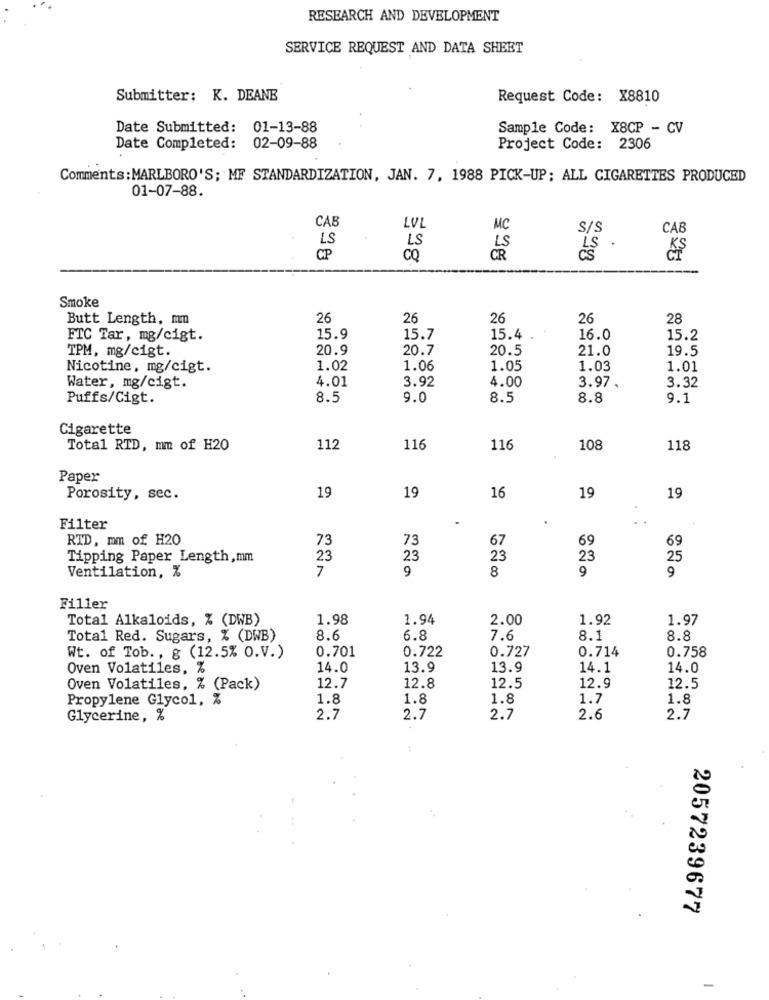
RESEARCH AND DEVELOPMENT
SERVICE REQUEST AND DATA SHEET
Submitter: K. DEANE
Request Code: X8810
Date Submitted: 01-13-88
Sample Code: X8CP - CV
Date Completed: 02-09-88
Project Code: 2306
Comments: MARLBORO'S; MF STANDARDIZATION, JAN. 7, 1988 PICK-UP; ALL CIGARETTES PRODUCED
01-07-88.
CAB
LVL
MC
S/S
LS
CAB
LS
CP
CQ
-
Smoke
Butt Length, mm
26
26
26
26
28
FTC Tar, mg/cigt.
15.9
15.7
15.4 .
16.0
15.2
20.9
20.7
20.5
21.0
19.5
TPM, mg/cigt.
Nicotine, mg/cigt.
1.02
1.06
1.05
1.03
1.01
4.01
4.00
Water, mg/cigt.
3.92
3.97 .
3.32
Puffs/Cigt.
8.5
9.0
8.5
8.8
9.1
Cigarette
Total RTD, mm of H20
112
116
116
108
118
Paper
19
16
Porosity, sec.
19
19
19
Filter
RTD, mm of H20
73
73
67
69
69
Tipping Paper Length,mm
23
23
23
23
25
7
9
8
9
9
Ventilation, %
Filler
Total Alkaloids, % (DWB)
1.98
1.94
2.00
1.92
1.97
Total Red. Sugars, % (DWB)
8.6
6.8
7.6
8.1
8.8
0.701
0.727
0.714
Wt. of Tob ., g (12.5% O.V.)
0.722
0.758
Oven Volatiles, %
14.0
13.9
13.9
14.1
14.0
Oven Volatiles, % (Pack)
12.7
12.8
12.5
12.9
12.5
Propylene Glycol, %
1.8
1.8
1.8
1.7
1.8
Glycerine, %
2.7
2.7
2.7
2.6
2.7
2057239677
-